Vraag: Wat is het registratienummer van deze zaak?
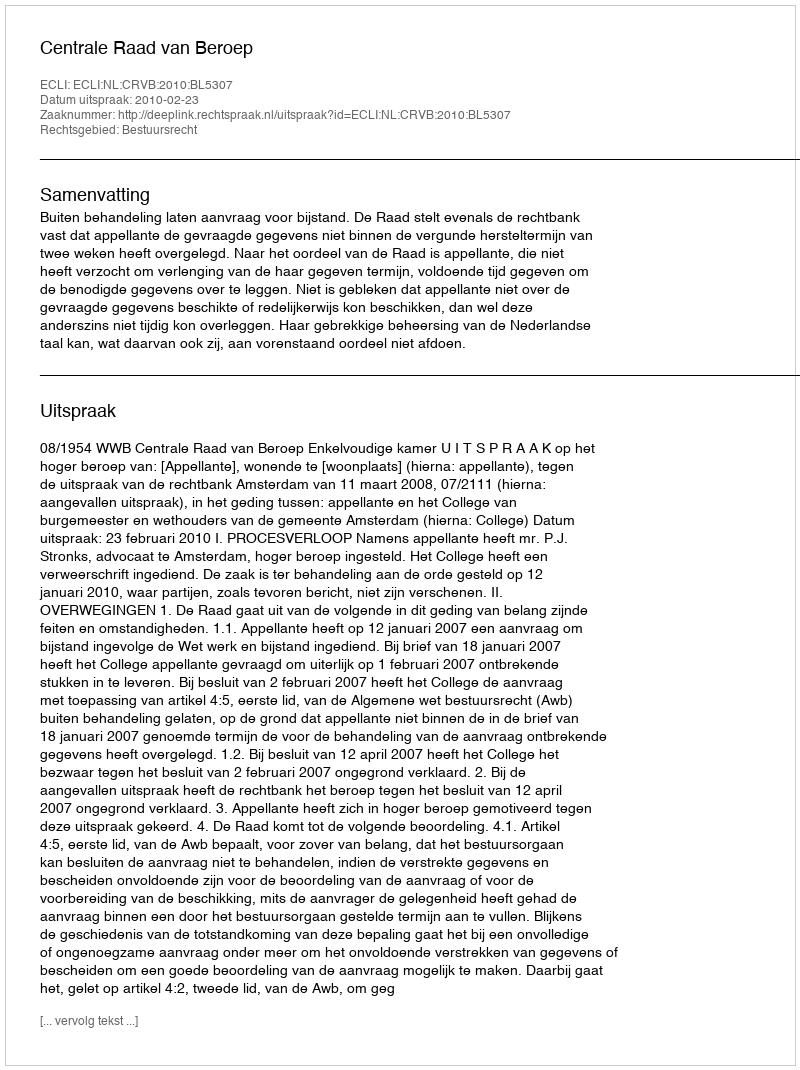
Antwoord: http://deeplink.rechtspraak.nl/uitspraak?id=ECLI:NL:CRVB:2010:BL5307